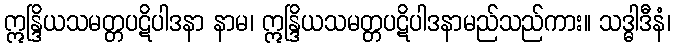
ဣန္ဒြိယသမတ္တပဋိပါဒနာ နာမ၊ ဣန္ဒြိယသမတ္တပဋိပါဒနာမည်သည်ကား။ သဒ္ဓါဒီနံ၊